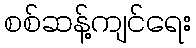
စစ်ဆန့်ကျင်ရေး